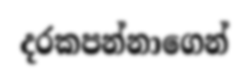
දරකපන්නාගෙන්